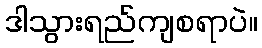
ဒါသွားရည်ကျစရာပဲ။